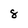
Character: 8